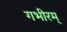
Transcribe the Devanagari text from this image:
गभीरम्